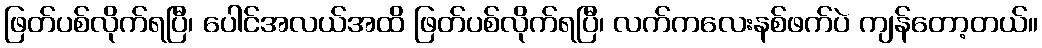
ဖြတ်ပစ်လိုက်ရပြီ၊ ပေါင်အလယ်အထိ ဖြတ်ပစ်လိုက်ရပြီ၊ လက်ကလေးနစ်ဖက်ပဲ ကျန်တော့တယ်။